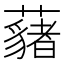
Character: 𮒱